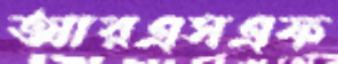
আরএসএফ